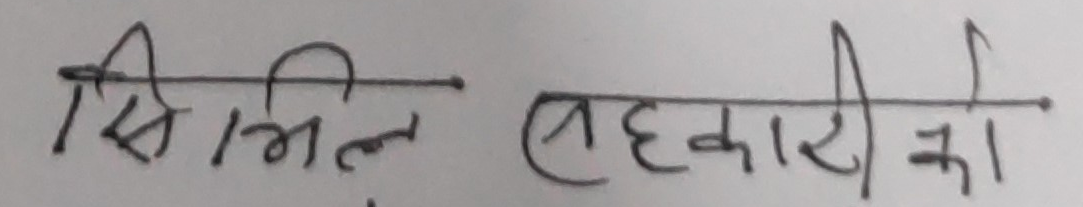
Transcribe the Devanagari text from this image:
सिभिल सहकारी का